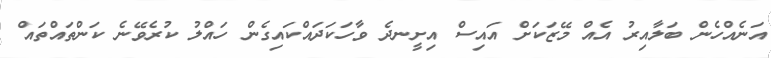
އަނެއްހެން ބަލާއިރު އެއް މޭޒަކަށް އައިސް އިށީނދެ ވާހަކަދައްކައިގެން ހައްލު ކުރެވޭނެ ކަންތައްތައް